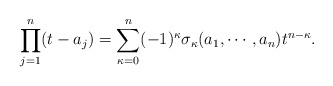
\begin{align*}\prod_{j=1}^{n} (t-a_j ) =\sum_{\kappa =0}^{n} (-1)^{\kappa }\sigma _{\kappa } (a_1 , \cdots ,a_n ) t^{n-\kappa }.\end{align*}